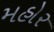
મહોર